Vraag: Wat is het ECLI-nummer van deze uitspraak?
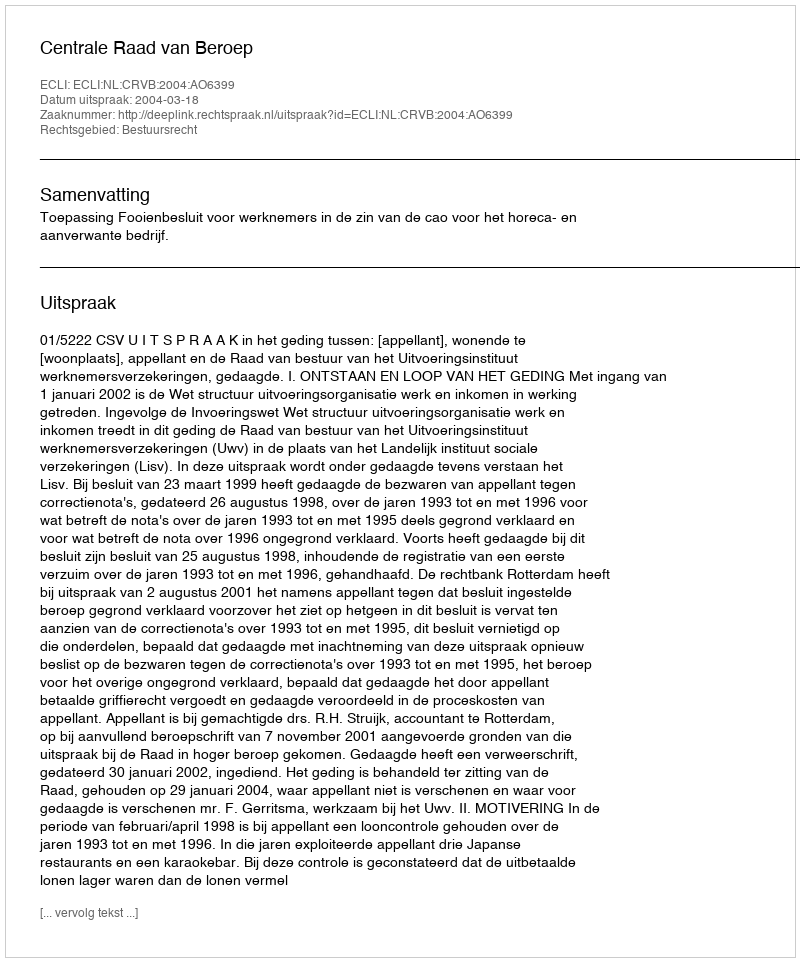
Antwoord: ECLI:NL:CRVB:2004:AO6399